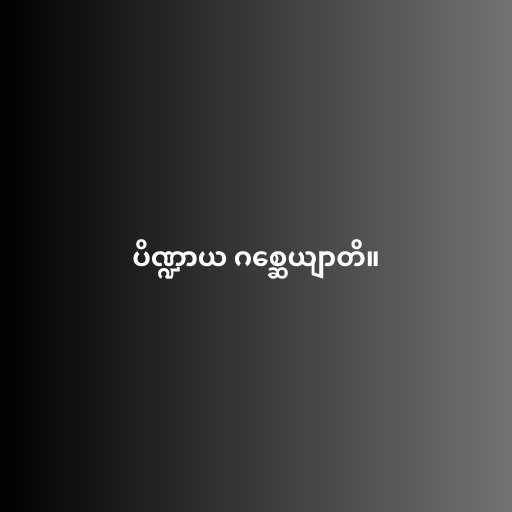
ပိဏ္ဍာယ ဂစ္ဆေယျာတိ။